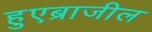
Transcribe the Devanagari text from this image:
हुएब्राजील